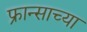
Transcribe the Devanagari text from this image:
फ्रान्साच्या